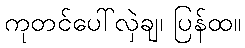
ကုတင်ပေါ်လှဲချ၊ ပြန်ထ။